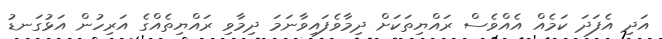
އަދި އެފަދަ ކަމެއް އެއްވެސް ރައްޔިތަކަށް ދިމާވެފައިވާނަމަ ދިމާވި ރައްޔިތެއްގެ އަރިހުން އަޅުގަނޑު